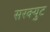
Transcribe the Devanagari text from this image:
सरक्युट